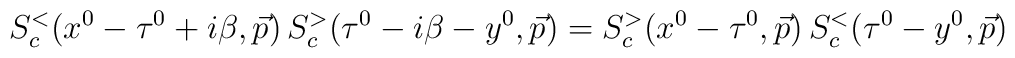
S^<_c (x^0 - \tau^0 + i \beta, \vec{p}) \, S^>_c (\tau^0 - i \beta- y^0, \vec{p}) = S^>_c (x^0 - \tau^0, \vec{p}) \, S^<_c (\tau^0 - y^0, \vec{p})